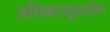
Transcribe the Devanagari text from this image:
अधिकारसूत्रातील